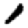
Digit: 1